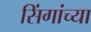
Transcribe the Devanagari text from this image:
सिंगांच्या